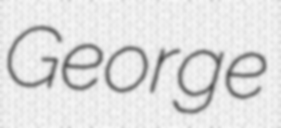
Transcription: George